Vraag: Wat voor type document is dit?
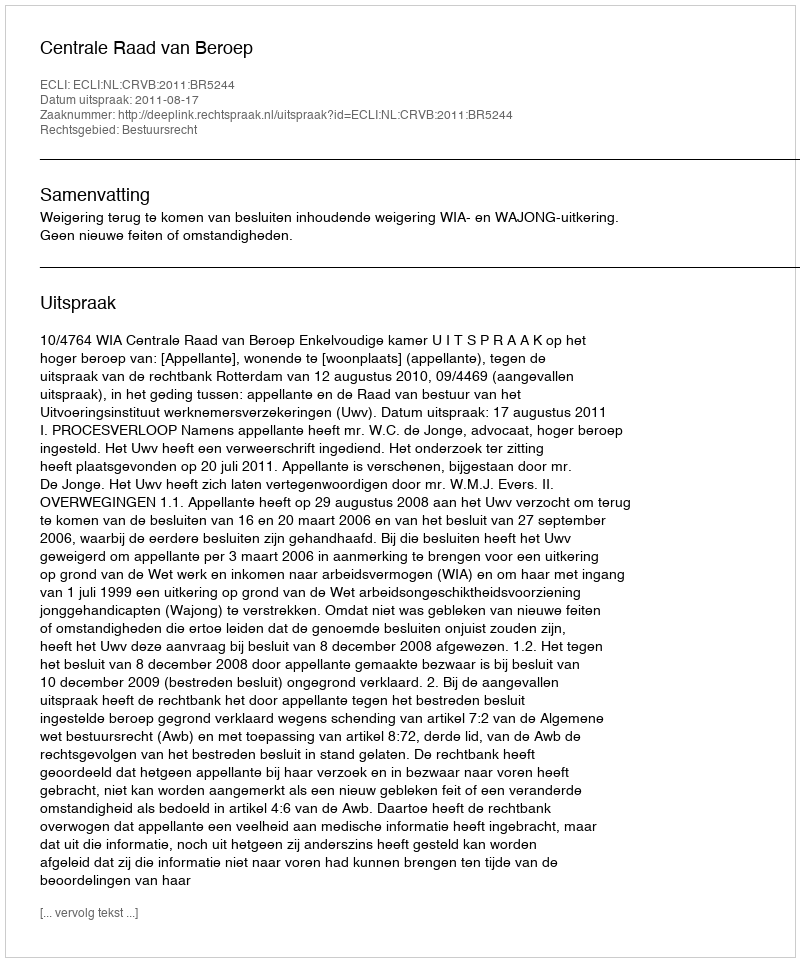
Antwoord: Uitspraak